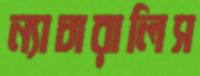
ন্যাচারালিস